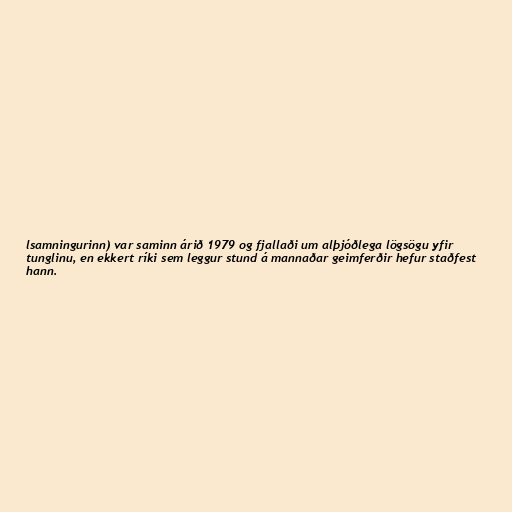
lsamningurinn) var saminn árið 1979 og fjallaði um alþjóðlega lögsögu yfir
tunglinu, en ekkert ríki sem leggur stund á mannaðar geimferðir hefur staðfest
hann.